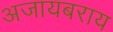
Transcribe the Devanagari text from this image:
अजायबराय